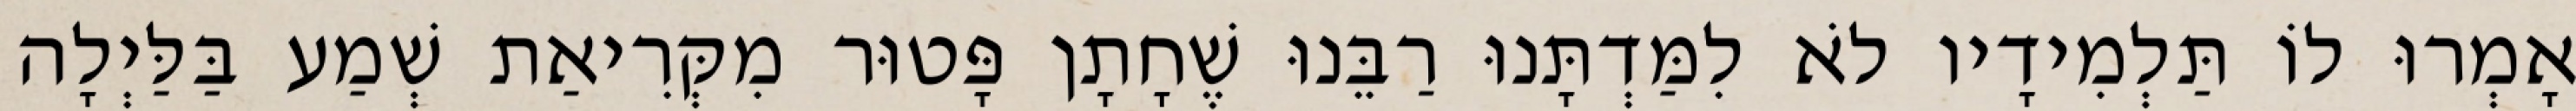
אָמְרוּ לוֹ תַּלְמִידָיו לֹא לִמַּדְתָּנוּ רַבֵּנוּ שֶׁחָתָן פָּטוּר מִקְּרִיאַת שְׁמַע בַּלַּיְלָה